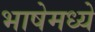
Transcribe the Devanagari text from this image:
भाषेमध्‍ये